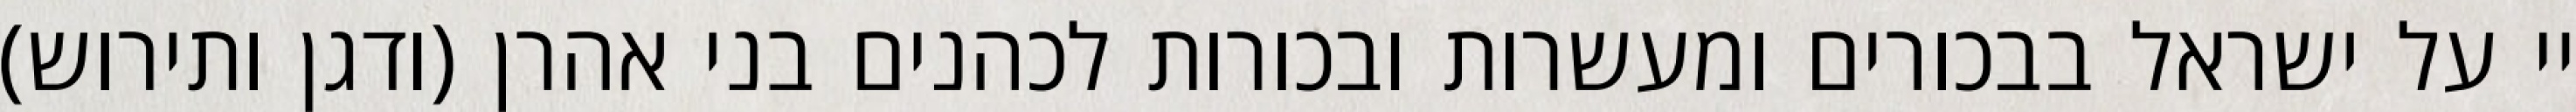
יי על ישראל בבכורים ומעשרות ובכורות לכהנים בני אהרן (ודגן ותירוש)